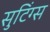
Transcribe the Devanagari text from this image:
सुटिंग्स